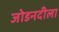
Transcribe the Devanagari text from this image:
जोडनदीला